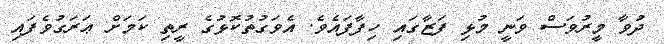
ދުވާ މީރުވަސް ވަނީ މުޅި ފަޒާގައި ހިފާފައެވެ. އެވަގުތުކޮޅުގެ ރީތި ކަމަށް ޢަރަގުވެފައި